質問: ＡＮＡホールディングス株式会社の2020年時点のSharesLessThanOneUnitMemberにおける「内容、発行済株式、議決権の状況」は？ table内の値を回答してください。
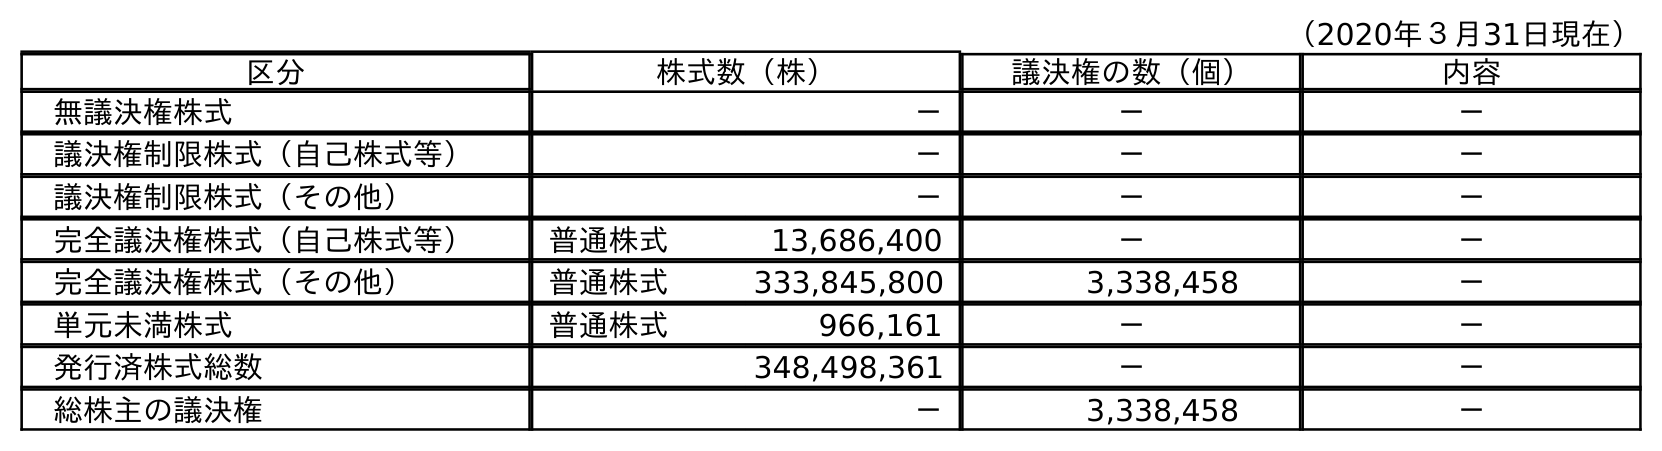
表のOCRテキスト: （2020年３月31日現在） 区分 株式数（株） 議決権の数（個） 内容 無議決権株式 － － － 議決権制限株式（自己株式等） － － － 議決権制限株式（その他） － － － 完全議決権株式（自己株式等） 普通株式 13,686,400 － － 完全議決権株式（その他） 普通株式 333,845,800 3,338,458 － 単元未満株式 普通株式 966,161 － － 発行済株式総数 348,498,361 － － 総株主の議決権 － 3,338,458 －
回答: －